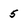
Character: 5